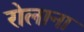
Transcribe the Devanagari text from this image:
रोलाना